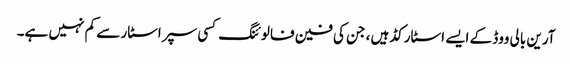
آرین بالی ووڈ کے ایسے اسٹارکڈ ہیں ، جن کی فین فالوئنگ کسی سپراسٹار سے کم نہیں ہے۔